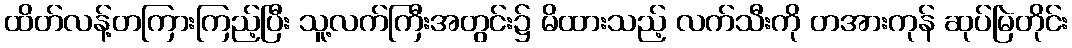
ထိတ်လန့်တကြားကြည့်ပြီး သူ့လက်ကြီးအတွင်း၌ မိထားသည့် လက်သီးကို တအားကုန် ဆုပ်မြဲတိုင်း